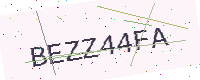
Text: BEZZ44FA